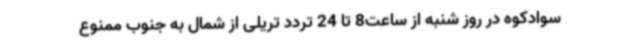
سوادکوه در روز شنبه از ساعت8 تا 24 تردد تریلی از شمال به جنوب ممنوع